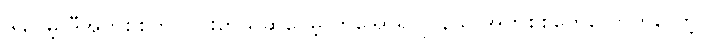
ဒါပေမဲ့ ဒီအက်စစ်က ပြင်းတယ်ဆိုပေမဲ့ ဟိုအော်ရဂျင်နယ် အက်စစ်တွေလောက်တော့